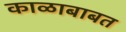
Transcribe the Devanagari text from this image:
काळाबाबत